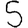
Digit: 5